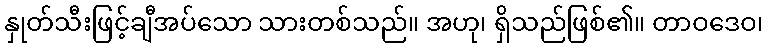
နှုတ်သီးဖြင့်ချီအပ်သော သားတစ်သည်။ အဟု၊ ရှိသည်ဖြစ်၏။ တာဝဒေဝ၊